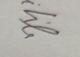
Signature authenticity: genuine